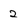
Character: 2